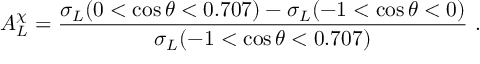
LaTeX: A _ { L } ^ { \chi } = \frac { \sigma _ { L } ( 0 < \cos \theta < 0 . 7 0 7 ) - \sigma _ { L } ( - 1 < \cos \theta < 0 ) } { \sigma _ { L } ( - 1 < \cos \theta < 0 . 7 0 7 ) } \ .